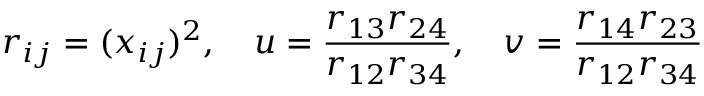
r _ { i j } = ( x _ { i j } ) ^ { 2 } , \quad u = \frac { r _ { 1 3 } r _ { 2 4 } } { r _ { 1 2 } r _ { 3 4 } } , \quad v = \frac { r _ { 1 4 } r _ { 2 3 } } { r _ { 1 2 } r _ { 3 4 } }